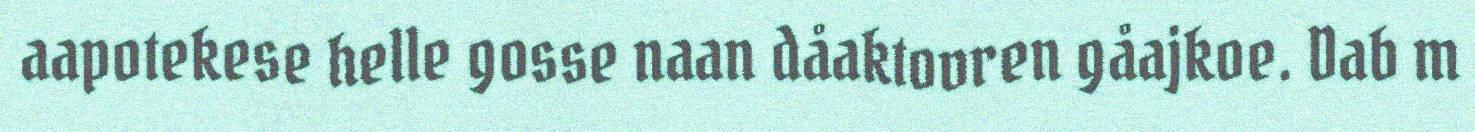
aapotekese helle gosse naan dåaktovren gåajkoe. Dab m